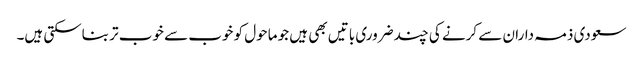
سعودی ذمہ داران سے کرنے کی چند ضروری باتیں بھی ہیں جو ماحول کو خوب سے خوب تر بناسکتی ہیں۔